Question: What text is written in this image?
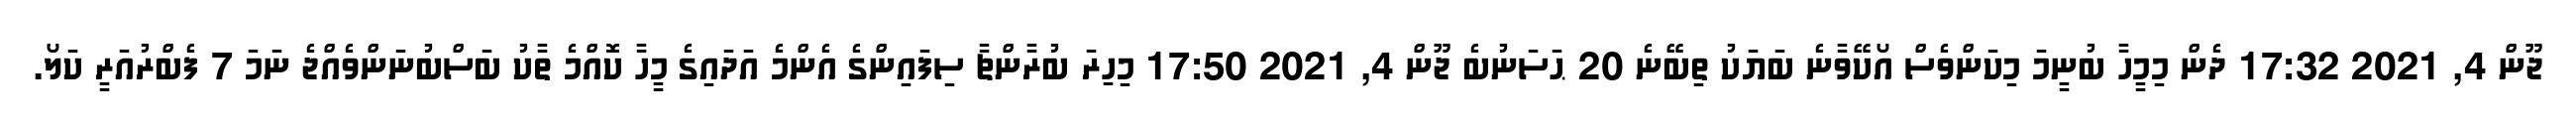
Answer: ޖޫން 4, 2021 17:32 ދެން މިމީހާ ބުނީމަ މިކަންވެސް އޯކޭވާނެ ބަޔަކު ތިބޭނެ 20 ޙަސަނުބެ ޖޫން 4, 2021 17:50 މިހިރަ ބުރާންޗާ ސިފައިންގެ އެންމެ އަދައިގެ މީހާ ކޮއްމެ ތާކު ބަސްބުނަންވެއްޖެ ނަމަ 7 ފެބްރުއަރީ ކަލޯ.